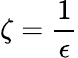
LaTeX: \zeta=\frac{1}{\epsilon}